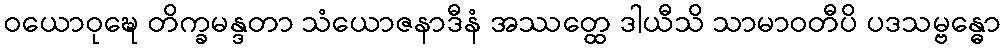
ဝယောဝုဍ္ဎေ တိက္ခမန္ဒတာ သံယောဇနာဒီနံ အဿတ္ထေ ဒါယီသိ သာမာဝတီပိ ပဒသမ္ဗန္ဓော